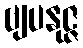
ဗျပနုဇ္ဇ